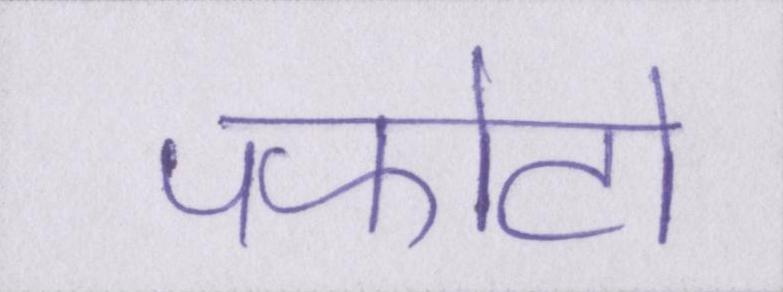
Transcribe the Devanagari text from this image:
पफोटो